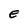
Character: E